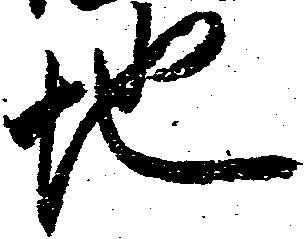
地